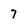
Character: 7